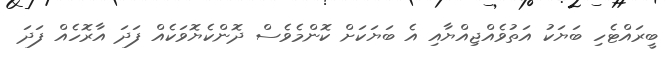
ބީރައްޓެހި ބަޔަކު އަތުވެއްޖިއްޔާއި އެ ބަޔަކަށް ކޮންމެވެސް ދޮންކެޔޮވަކެއް ފަދަ އާރޮހެއް ފަދަ